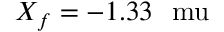
X _ { f } = - 1 . 3 3 ~ \mathrm { \ m u }